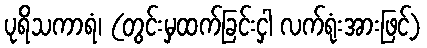
ပုရိသကာရံ၊ (တွင်းမှထက်ခြင်းငှါ လက်ရုံးအားဖြင့်)